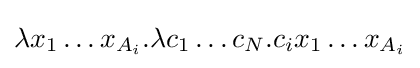
\lambda x_{1}\ldots x_{A_{i}}.\lambda c_{1}\ldots c_{N}.c_{i}x_{1}\ldots x_{A_{i}}